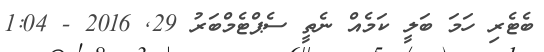
ބެޓެރި ހަމަ ބަލީ ކަމެއް ނެތީ ސެޕްޓެމްބަރު 29